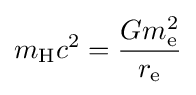
m_{\text{H}}c^{2}={\frac {Gm_{\text{e}}^{2}}{r_{\text{e}}}}